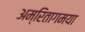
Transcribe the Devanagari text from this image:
अम्रितागमया